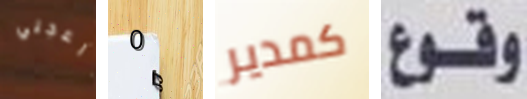
أزعجني 0 كمدير وقوع